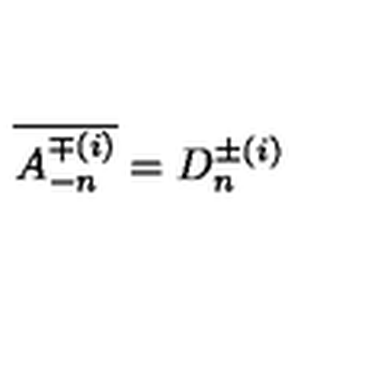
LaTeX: \overline { { A _ { - n } ^ { \mp ( i ) } } } = D _ { n } ^ { \pm ( i ) }